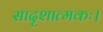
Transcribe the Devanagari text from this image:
सादृशात्मकः।